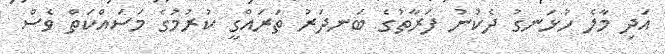
އަދި މާލެ ހުޅަނގު ދެކުނު ފަރާތުގެ ބަނދަރު ތަރައްގީ ކުރުމުގެ މަސައްކަތް ވެސް